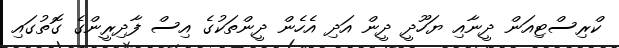
ކްރިސްޓިއަން ދީނާއި ޔަހޫދީ ދީން އަދި އެހެން ދީންތަކުގެ އިސް ފާދިރީންގެ ގޮތުގައި